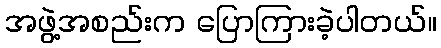
အဖွဲ့အစည်းက ပြောကြားခဲ့ပါတယ်။